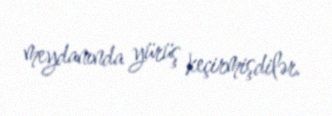
meydanında yürüş keçirmişdilər.